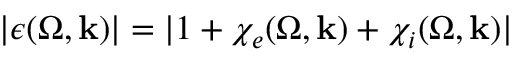
| \epsilon ( \Omega , \mathbf { k } ) | = | 1 + \chi _ { e } ( \Omega , \mathbf { k } ) + \chi _ { i } ( \Omega , \mathbf { k } ) |